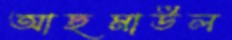
আছমাউল